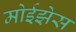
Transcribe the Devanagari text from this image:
मोईझेस